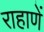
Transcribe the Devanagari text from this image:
राहाणें